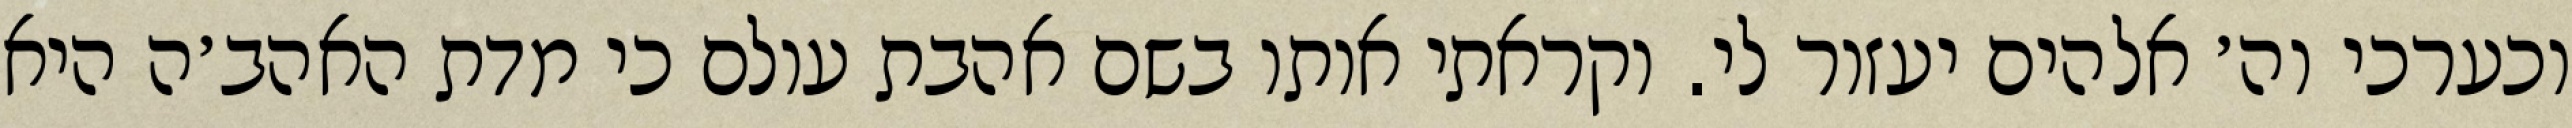
וכערכי וה׳ אלהים יעזור לי. וקראתי אותו בשם אהבת עולם כי מדת האהב׳ה היא